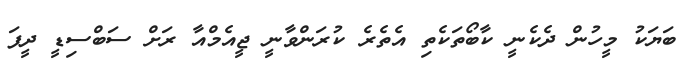
ބަޔަކު މީހުން ދެކެނީ ކާބޯތަކެތި އެތެރެ ކުރަންވާނީ ޖީއެމްއާ ރަށް ސަބްސިޑީ ދީފަ